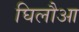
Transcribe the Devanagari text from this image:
घिलौआ